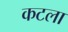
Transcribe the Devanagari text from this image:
कटला